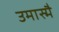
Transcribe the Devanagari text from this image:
उमास्मै